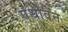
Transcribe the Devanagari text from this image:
एंथोवेन